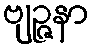
ဗျဉ္ဇနာ